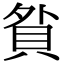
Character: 𧵏